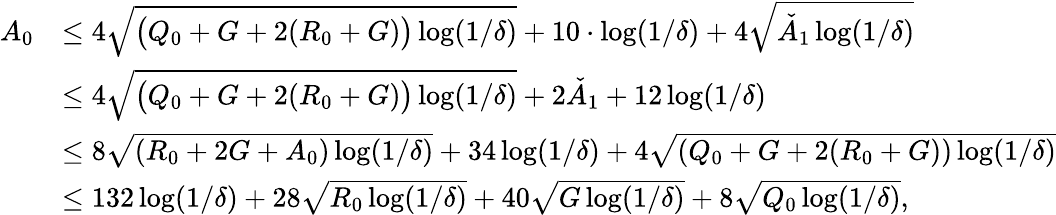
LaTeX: \begin{array}{rl}{A_{0}}&{\le 4\sqrt{\big(Q_{0}+G+2(R_{0}+G)\big)\log(1/\delta)}+10\cdot\log(1/\delta)+4\sqrt{\check{A}_{1}\log(1/\delta)}}\\ &{\le 4\sqrt{\big(Q_{0}+G+2(R_{0}+G)\big)\log(1/\delta)}+2\check{A}_{1}+12\log(1/\delta)}\\ &{\le 8\sqrt{(R_{0}+2G+A_{0})\log(1/\delta)}+34\log(1/\delta)+4\sqrt{(Q_{0}+G+2(R_{0}+G))\log(1/\delta)}}\\ &{\le 132\log(1/\delta)+28\sqrt{R_{0}\log(1/\delta)}+40\sqrt{G\log(1/\delta)}+8\sqrt{Q_{0}\log(1/\delta)},}\end{array}